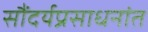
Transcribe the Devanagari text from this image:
सौंदर्यप्रसाधनांत